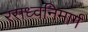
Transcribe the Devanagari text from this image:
रसध्वनिमार्ग